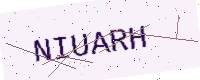
Text: NIUARH